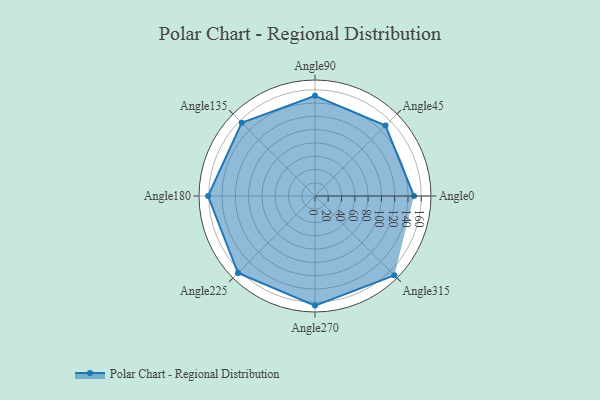
{"axis": {"x": "Angle", "y": "Radius"}, "legend": [""], "data": [{"x": "Angle0", "y": 149.0, "type": ""}, {"x": "Angle45", "y": 150.0, "type": ""}, {"x": "Angle90", "y": 151.0, "type": ""}, {"x": "Angle135", "y": 156.0, "type": ""}, {"x": "Angle180", "y": 161.0, "type": ""}, {"x": "Angle225", "y": 164.0, "type": ""}, {"x": "Angle270", "y": 165.0, "type": ""}, {"x": "Angle315", "y": 169.0, "type": ""}]}